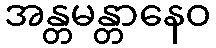
အန္တမန္တာနေဝ